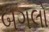
બગલો